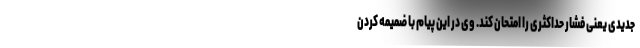
جدیدی یعنی فشار حداکثری را امتحان کند. وی در این پیام با ضمیمه کردن